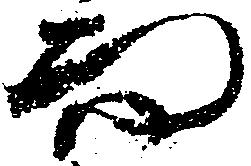
而